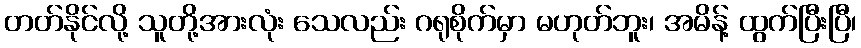
တတ်နိုင်လို့ သူတို့အားလုံး သေလည်း ဂရုစိုက်မှာ မဟုတ်ဘူး၊ အမိန့် ထွက်ပြီးပြီ၊